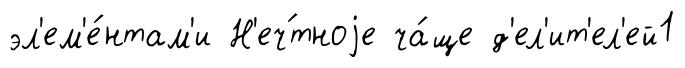
эл'ем'е́нтам'и Н'еч́тноjе ча́ще д'ел'ит'ел'ей1